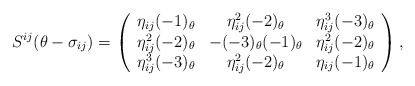
\begin{align*}S^{ij}(\theta -\sigma _{ij})=\left( \begin{array}{ccc}\eta _{ij}(-1)_{\theta } & \eta _{ij}^{2}(-2)_{\theta } & \eta_{ij}^{3}(-3)_{\theta } \\ \eta _{ij}^{2}(-2)_{\theta } & -(-3)_{\theta }(-1)_{\theta } & \eta_{ij}^{2}(-2)_{\theta } \\ \eta _{ij}^{3}(-3)_{\theta } & \eta _{ij}^{2}(-2)_{\theta } & \eta_{ij}(-1)_{\theta }\end{array}\right),\end{align*}